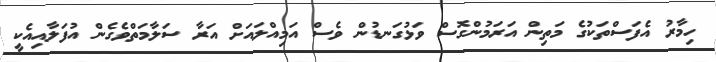
ހިމާރު އެފަސްތަކުގެ މަތިން އަރަމުންގޮސް ވަޅުގަނޑުން ވެސް އަމިއްލައަށް އަރާ ސަލާމަތްވެގެން އުފަލާއިއެކީ